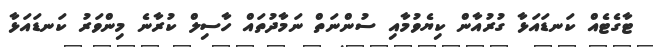
ޓާގެޓެއް ކަނޑައަޅާ ގުރުއާން ކިޔެވުމާއި ސުންނަތް ނަމާދުތައް ހާސިލް ކުރާނެ މިންވަރު ކަނޑައަޅާ